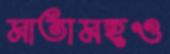
মাতামহও